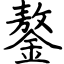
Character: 鏊